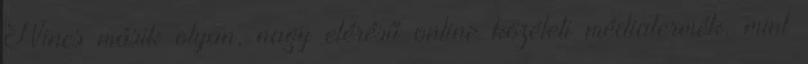
Nincs másik olyan, nagy elérésű online közéleti médiatermék, mint